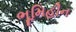
ભૂમિહીન